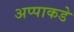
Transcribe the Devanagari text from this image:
अप्पाकडे